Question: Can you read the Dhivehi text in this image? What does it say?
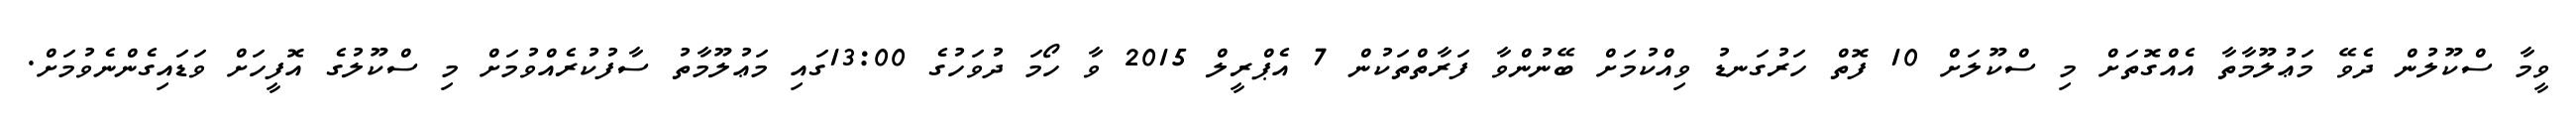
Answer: ވީމާ ސްކޫލުން ދެވޭ މަޢުލޫމާތާ އެއްގޮތަށް މި ސްކޫލަށް 10 ފޮތް ހަރުގަނޑު ވިއްކުމަށް ބޭނުންވާ ފަރާތްތަކުން 7 އެޕްރީލް 2015 ވާ ހޯމަ ދުވަހުގެ 13:00ގައި މަޢުލޫމާތު ސާފުކުރެއްވުމަށް މި ސްކޫލުގެ އޮފީހަށް ވަޑައިގެންނެވުމަށް.